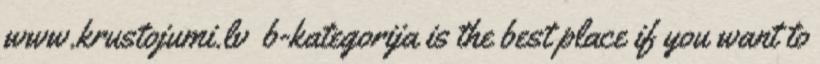
www.krustojumi.lv b-kategorija is the best place if you want to